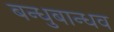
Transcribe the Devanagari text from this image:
बन्धुबान्धव